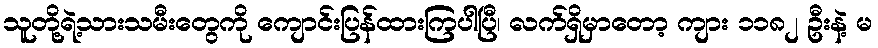
သူတို့ရဲ့သားသမီးတွေကို ကျောင်းပြန်ထားကြပါပြီ၊ လက်ရှိမှာတော့ ကျား ၁၁၈၂ ဦးနဲ့ မ